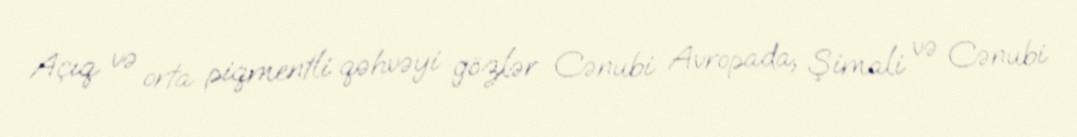
Açıq və orta piqmentli qəhvəyi gözlər Cənubi Avropada, Şimali və Cənubi